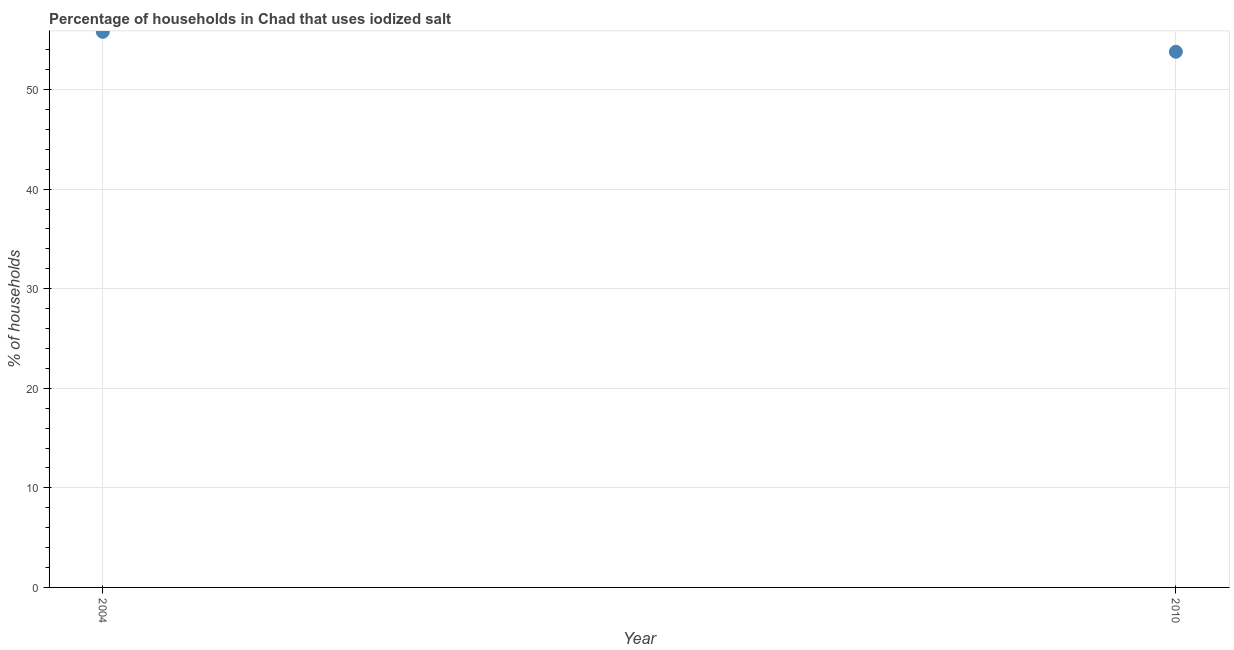
| Year | Consumption of iodized salt |
 | --- | --- |
 | 2004 | 55.8 |
 | 2010 | 53.8 |